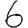
Digit: 6